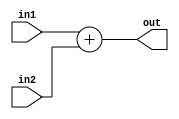
module ADDER #(parameter width=12)
 (  input   wire   signed  [width-1:0] in1,
    input   wire   signed  [width-1:0] in2,
    output  wire   signed  [width-1:0] out
);

reg  [width:0] tmp;

always @(*)
    begin
      tmp=in1+in2;
    end
  
assign out=tmp[width-1:0];
  
endmodule